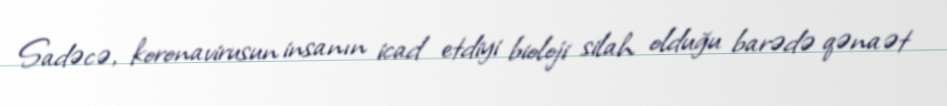
Sadəcə, koronavirusun insanın icad etdiyi bioloji silah olduğu barədə qənaət